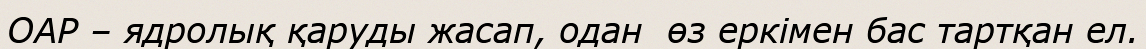
ОАР – ядролық қаруды жасап, одан  өз еркімен бас тартқан ел.